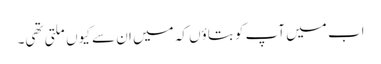
اب میں آپ کو بتاؤں کہ میں ان سے کیوں ملتی تھی۔